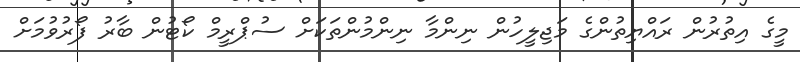
މީގެ އިތުރުން ރައްޔިތުންގެ މަޖިލީހުން ނިންމާ ނިންމުންތަކަށް ސުޕްރީމް ކޯޓުން ބާރު ފޯރުވުމަށް